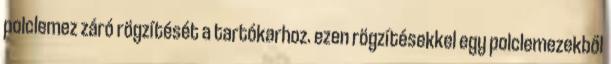
polclemez záró rögzítését a tartókarhoz. ezen rögzítésekkel egy polclemezekből